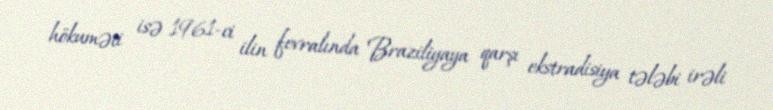
hökuməti isə 1961-ci ilin fevralında Braziliyaya qarşı ekstradisiya tələbi irəli